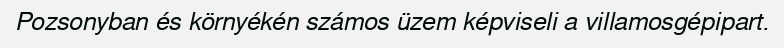
Pozsonyban és környékén számos üzem képviseli a villamosgépipart.